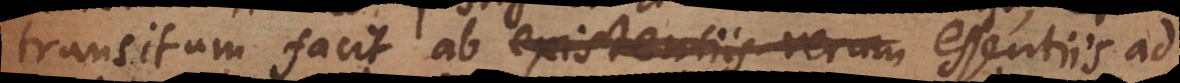
transitum facit ab existentiis verum essentiis ad